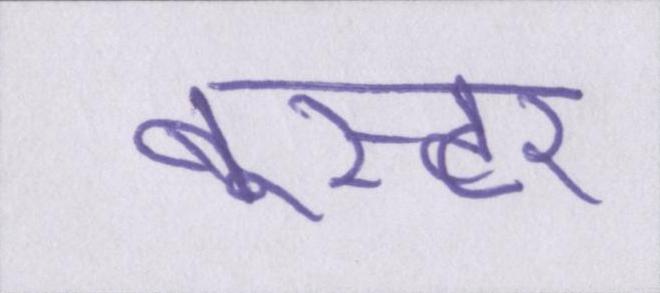
बूस्टर